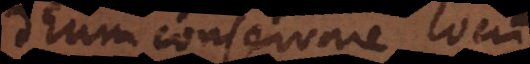
Deum conservare locum